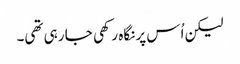
لیکن اُس پر نگاہ رکھی جا رہی تھی۔